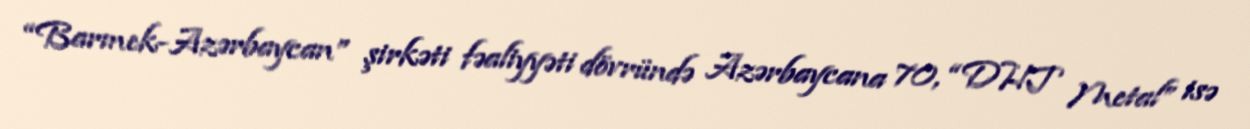
“Barmek-Azərbaycan” şirkəti fəaliyyəti dövründə Azərbaycana 70, “DHT Metal” isə